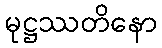
မုဋ္ဌဿတိနော